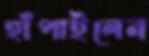
হাঁপাইলেন